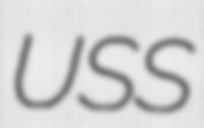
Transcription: USS